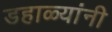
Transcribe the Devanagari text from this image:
डहाळ्यांनी